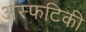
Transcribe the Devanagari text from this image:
अस्फटिकी